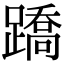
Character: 蹻